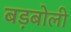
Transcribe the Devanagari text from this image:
बड़बोली